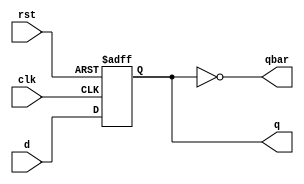
module dff(d,clk,rst,q,qbar);
input d,clk,rst;
output q,qbar;
reg q;
wire qbar;

assign qbar = ~q;

always @ (posedge clk or posedge rst)
begin
if (rst)
q<=1'b0;
else
q <= d;
end

endmodule